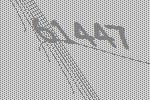
61447